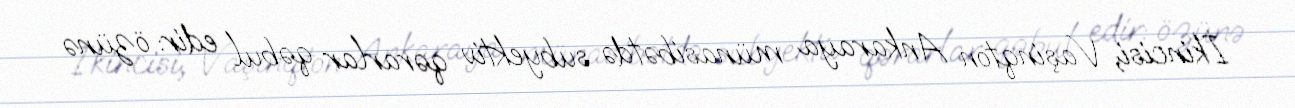
İkincisi, Vaşinqton Ankaraya münasibətdə subyektiv qərarlar qəbul edir: özünə